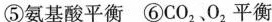
⑤氨基酸平衡 ⑥CO_{2}、O_{2}平衡